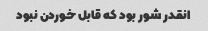
انقدر شور بود که قابل خوردن نبود